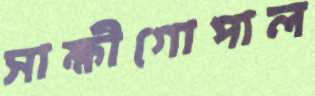
সাক্ষীগোপাল